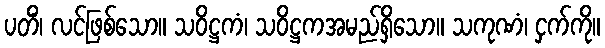
ပတိံ၊ လင်ဖြစ်သော။ သဝိဋ္ဌကံ၊ သဝိဋ္ဌကအမည်ရှိသော။ သကုဏံ၊ ငှက်ကို။